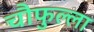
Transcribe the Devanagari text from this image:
चौफुल्ला